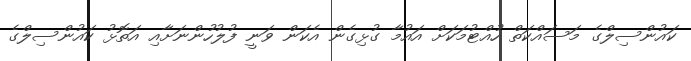
ކައުންސިލްގެ މަސައްކަތް ހުއްޓުމަކަށް އައުމާ ގުޅިގެން އެކަން ވަނީ ފުލުހުންނަށާއި އަތޮޅު ކައުންސިލްގެ